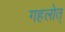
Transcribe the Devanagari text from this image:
गहलोत्